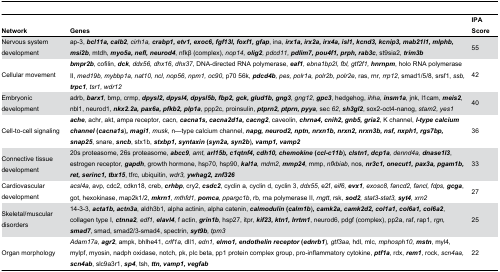
<table><thead><tr><td><b>Network</b></td><td><b>Genes</b></td><td><b>IPA Score</b></td></tr></thead><tbody><tr><td>Nervous system development</td><td>ap-3, <b><i>bcl11a</i><i>,</i><i></i><i>calb2</i></b><i>, cirh1a, </i><b><i>crabp1</i><i>,</i><i></i><i>etv1</i><i>,</i><i></i><i>exoc6</i><i>,</i><i></i><i>fgf13l</i><i>,</i><i></i><i>foxf1</i><i>,</i><i></i><i>gfap</i></b>, ina, <b><i>irx1a</i><i>,</i><i></i><i>irx2a</i><i>,</i><i></i><i>irx4a</i><i>,</i><i></i><i>isl1</i><i>,</i><i></i><i>kcnd3</i><i>,</i><i></i><i>kcnip3</i><i>,</i><i></i><i>mab21l1</i><i>,</i><i></i><i>mlphb</i><i>,</i><i></i><i>msi2b</i></b>, mtdh, <b><i>myo5a</i><i>,</i><i></i><i>nefl</i><i>,</i><i></i><i>neurod4</i></b>, nfkβ (complex), <i>nop14, </i><b><i>olig2</i></b><i>, pdcd11, </i><b><i>pdlim7</i><i>,</i><i></i><i>pou4f1</i><i>,</i><i></i><i>prph</i><i>,</i><i></i><i>rab3c</i></b>, st9sia2, <b><i>trim3b</i></b></td><td>55</td></tr><tr><td>Cellular movement</td><td><b><i>bmpr2b</i></b>, cofilin, <b><i>dck</i></b><i>, ddx56, dhx16, dhx37</i>, DNA-directed RNA polymerase, <b><i>eaf1</i></b><i>, ebna1bp2l, fbl, gtf2f1, </i><b><i>hnrnpm</i></b>, holo RNA polymerase II, <i>med19b, mybbp1a, nat10, ncl, nop56, npm1, oc90</i>, p70 56k, <b><i>pdcd4b</i></b><i>, pes, polr1a, polr2b, polr2e</i>, ras, rnr, <i>rrp12</i>, smad1/5/8, srsf1, <i>ssb, </i><b><i>trpc1</i></b><i>, tsr1, wdr12</i></td><td>42</td></tr><tr><td>Embryonic development</td><td>adrb, <b><i>barx1</i></b>, bmp, crmp, <b><i>dpysl2</i><i>,</i><i></i><i>dpysl4</i><i>,</i><i></i><i>dpysl5b</i><i>,</i><i></i><i>fbp2</i><i>,</i><i></i><i>gck</i><i>,</i><i></i><i>glud1b</i><i>,</i><i></i><i>gng3</i></b><i>, gng12, </i><b><i>gpc3</i></b>, hedgehog, <i>ihha, </i><b><i>insm1a</i></b>, jnk, l1cam, <b><i>meis2</i></b>, nbl1, neurod1, <b><i>nkx2.2a</i><i>,</i><i></i><i>pax6a</i><i>,</i><i></i><i>pfkb2</i><i>,</i><i></i><i>plp1a</i></b>, ppp2c, proinsulin, <b><i>ptprn2</i><i>,</i><i></i><i>ptprn</i><i>,</i><i></i><i>pyya</i></b><i>,</i> sec <i>62, </i><b><i>sh3gl2</i></b>, sox2-oct4-nanog, <i>stam2, yes1</i></td><td>40</td></tr><tr><td>Cell-to-cell signaling</td><td><b><i>ache</i></b>, achr, akt, ampa receptor, cacn, <b><i>cacna1s</i><i>,</i><i></i><i>cacna2d1a</i><i>,</i><i></i><i>cacng2</i></b>, caveolin, <b><i>chrna4</i><i>,</i><i></i><i>cnih2</i><i>,</i><i></i><i>gnb5</i><i>,</i><i></i><i>gria2</i></b>, K channel, <b><i>l-type</i><i></i><i>calcium</i><i></i><i>channel</i> (<i>cacna1s</i></b>)<b><i>,</i><i></i><i>magi1</i></b><i>, musk</i>, n—type calcium channel, <b><i>napg</i><i>,</i><i></i><i>neurod2</i><i>,</i><i></i><i>nptn</i><i>,</i><i></i><i>nrxn1b</i><i>,</i><i></i><i>nrxn2</i><i>,</i><i></i><i>nrxn3b</i><i>,</i><i></i><i>nsf</i><i>,</i><i></i><i>nxph1</i><i>,</i><i></i><i>rgs7bp</i><i>,</i><i></i><i>snap25</i></b>, snare, <b><i>sncb</i></b>, stx1b, <b><i>stxbp1</i><i>,</i><i></i><i>syntaxin</i> (<i>syn2a</i><i>,</i><i></i><i>syn2b</i></b>)<b><i>,</i><i></i><i>vamp1</i><i>,</i><i></i><i>vamp2</i></b></td><td>36</td></tr><tr><td>Connective tissue development</td><td>20s proteasome, 26s proteasome, <b><i>abcc9</i></b><i>, amt, </i><b><i>arl15b</i><i>,</i><i></i><i>c1qtnf4</i><i>,</i><i></i><i>cdh10</i><i>,</i><i></i><i>chemokine</i> (<i>ccl-c11b</i></b>)<b><i>,</i><i></i><i>clstn1</i><i>,</i><i></i><i>dcp1a</i></b><i>, dennd4a, </i><b><i>dnase1l3</i></b>, estrogen receptor, <b><i>gapdh</i></b>, growth hormone, hsp70, hsp90, <b><i>kal1a</i></b><i>, mdm2, </i><b><i>mmp24</i></b>, mmp, <i>nfkbiab</i>, nos, <b><i>nr3c1</i><i>,</i><i></i><i>onecut1</i><i>,</i><i></i><i>pax3a</i><i>,</i><i></i><i>pgam1b</i><i>,</i><i></i><i>ret</i><i>,</i><i></i><i>serinc1</i><i>,</i><i></i><i>tbx15</i></b>, tfrc, ubiquitin, <i>wdr3, </i><b><i>ywhag2</i><i>,</i><i></i><i>znf326</i></b></td><td>33</td></tr><tr><td>Cardiovascular development</td><td><i>acsl4a</i>, avp, cdc2, cdkn18, creb, <b><i>crhbp</i></b>, cry2, <b><i>csdc2</i></b>, cyclin a, cyclin d, cyclin 3, <i>ddx55</i>, e2f, <i>eif6, </i><b><i>evx1</i></b><i>, exosc8, fancd2, fancl, fdps, </i><b><i>gcga</i></b>, got, hexokinase, map2k1/2, <b><i>mkrn1</i></b><i>, mthfd1, </i><b><i>pomca</i></b><i>, ppargc1b</i>, rb, rna polymerase II, <i>rngtt</i>, rsk, <b><i>sod2</i></b><i>, stat3-stat3, </i><b><i>syt4</i></b><i>, xrn2</i></td><td>27</td></tr><tr><td>Skeletal/muscular disorders</td><td>14-3-3, <b><i>acta1b</i><i>,</i><i></i><i>actn3a</i></b>, aldh3b1, alpha actinin, alpha catenin, <b><i>calmodulin</i> (<i>calm1b</i></b>)<b><i>,</i><i></i><i>camk2a</i><i>,</i><i></i><i>camk2d2</i><i>,</i><i></i><i>col1a1</i><i>,</i><i></i><i>col6a1</i><i>,</i><i></i><i>col6a2</i></b>, collagen type I, <b><i>ctnna2</i></b><i>, edf1, </i><b><i>elavl4</i></b>, f actin, <b><i>grin1b</i></b>, hsp27, itpr, <b><i>kif23</i><i>,</i><i></i><i>ktn1</i><i>,</i><i></i><i>lrrtm1</i></b>, neurod6, pdgf (complex), pp2a, raf, rap1, <i>rgn, </i><b><i>smad7</i></b>, smad, smad2/3-smad4, spectrin, <b><i>syt9b</i></b><i>, tpm3</i></td><td>25</td></tr><tr><td>Organ morphology</td><td><i>Adam17a, </i><b><i>agr2</i></b>, ampk, bhlhe41, <i>crlf1a</i>, dll1, <i>edn1, </i><b><i>elmo1</i><i>,</i><i></i><i>endothelin</i><i></i><i>receptor</i> (<i>ednrb1</i></b>)<i>, gtf3aa</i>, hdl, mlc, <i>mphosph10, </i><b><i>mstn</i></b>, myl4, mylpf, myosin, nadph oxidase, notch, pk, plc beta, pp1 protein complex group, pro-inflammatory cytokine, <b><i>ptf1a</i></b>, rdx, <b><i>rem1</i></b>, rock, <i>scn4aa, </i><b><i>scn4ab</i></b>, slc9a3r1, <b><i>sp4</i></b>, tsh, <b><i>ttn</i><i>,</i><i></i><i>vamp1</i><i>,</i><i></i><i>vegfab</i></b></td><td>22</td></tr></tbody></table>